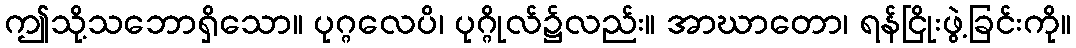
ဤသို့သဘောရှိသော။ ပုဂ္ဂလေပိ၊ ပုဂ္ဂိုလ်၌လည်း။ အာဃာတော၊ ရန်ငြိုးဖွဲ့ခြင်းကို။